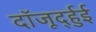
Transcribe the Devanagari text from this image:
दॉजूर्द्हुई